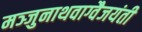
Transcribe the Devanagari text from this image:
मञ्जुनाथवाग्वैजयंती